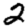
Digit: 2